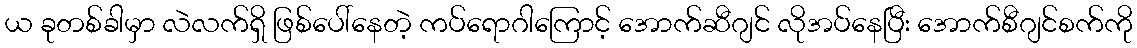
ယ ခုတစ်ခါမှာ လဲလက်ရှိ ဖြစ်ပေါ်နေတဲ့ ကပ်ရောဂါကြောင့် အောက်ဆီဂျင် လိုအပ်နေပြီး အောက်စီဂျင်စက်ကို